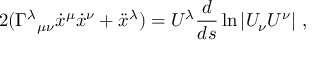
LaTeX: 2 ( \Gamma ^ { \lambda } { } _ { \mu \nu } { \dot { x } } ^ { \mu } { \dot { x } } ^ { \nu } + { \ddot { x } } ^ { \lambda } ) = U ^ { \lambda } { \frac { d } { d s } } \ln | U _ { \nu } U ^ { \nu } | \ ,